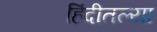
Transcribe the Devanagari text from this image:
हिंदीतल्या